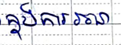
ក្នុងការរចនា